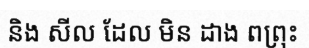
និង សីល ដែល មិន ដាង ពព្រុះ